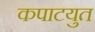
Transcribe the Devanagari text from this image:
कपाटयुत